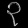
Digit: ၃